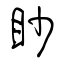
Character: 眇